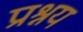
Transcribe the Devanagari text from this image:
प्रश्नय